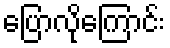
ပြောလိုကြောင်း